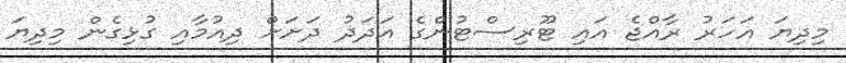
މިދިޔަ އަހަރު ރާއްޖެ އައި ޓޫރިސްޓުންގެ އަދަދު ދަށަށް ދިއުމާއި ގުޅިގެން މިދިޔަ